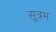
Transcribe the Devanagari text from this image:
सूत्रम